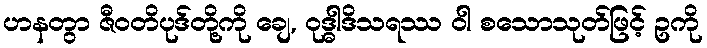
ဟနတွာ ဇီဝတိပုဒ်တို့ကို ချေ, ဝုဒ္ဓါဒိသရဿ ဝါ စသောသုတ်ဖြင့် ဥကို